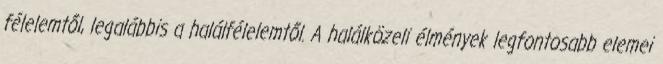
félelemtől, legalábbis a halálfélelemtől. A halálközeli élmények legfontosabb elemei